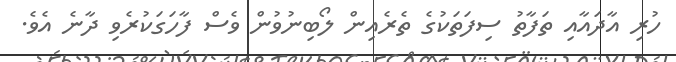
ހުރި އާދައާއި ތަފާތު ސިފަތަކުގެ ތެރެއިން ލޯބިނުވުން ވެސް ފާހަގަކުރެވި ދާނެ އެވެ.